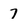
Character: 7